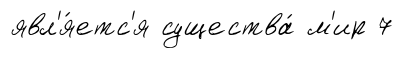
явл'я́етс'я существа́ м'ир 7